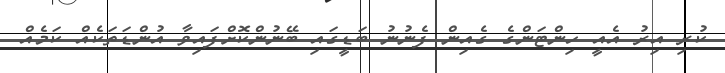
ކުރި އިރު އެއީ ހިންޓަންގެ ގެއިން ފެނުނު ބަޑީގައި ބޭނުންކޮށްފައިވާ އުންޑަތަކެއް ކަމެއް